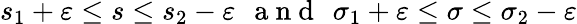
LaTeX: s_{1}+\varepsilon\leq s\leq s_{2}-\varepsilon\, \ \mathrm{~a~n~d~}\, \ \sigma_{1}+\varepsilon\leq\sigma\leq\sigma_{2}-\varepsilon